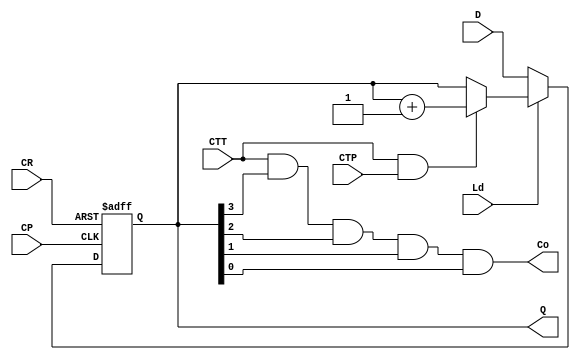
`timescale 1ns / 1ps
//////////////////////////////////////////////////////////////////////////////////
// Company: 
// Engineer: 
// 
// Design Name: 
// Module Name:    my74LS161 
// Project Name: 
// Target Devices: 
// Tool versions: 
// Description: 
//
// Dependencies: 
//
// Revision: 
// Revision 0.01 - File Created
// Additional Comments: 
//
//////////////////////////////////////////////////////////////////////////////////
module my74LS161(
	input wire [3:0]D,
	input wire CP,
	input wire CR,
	input wire Ld,
	input wire CTT,
	input wire CTP,
	output reg [3:0]Q,
	output wire Co
    );
	always @(posedge CP or negedge CR)
		begin
			if(~CR) begin
				Q<=4'b0000;
			end
			else begin
				if(~Ld)begin
					Q<=D;
				end
				else begin
					if(CTT&CTP)begin
						Q <= Q+1'b1;
					end
				end
			end
		end
	assign Co = CTT&Q[3]&Q[2]&Q[1]&Q[0];
endmodule